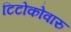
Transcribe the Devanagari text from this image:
टिटोकोवारु